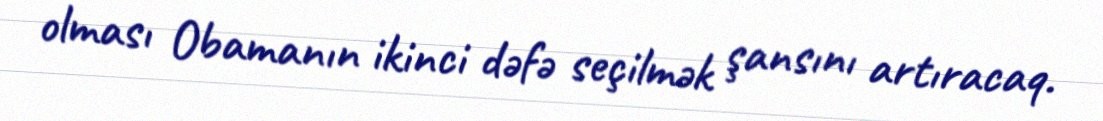
olması Obamanın ikinci dəfə seçilmək şansını artıracaq.